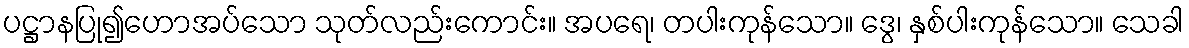
ပဋ္ဌာနပြု၍ဟောအပ်သော သုတ်လည်းကောင်း။ အပရေ၊ တပါးကုန်သော။ ဒွေ၊ နှစ်ပါးကုန်သော။ သေခါ